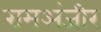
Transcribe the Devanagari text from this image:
रामअंजीर